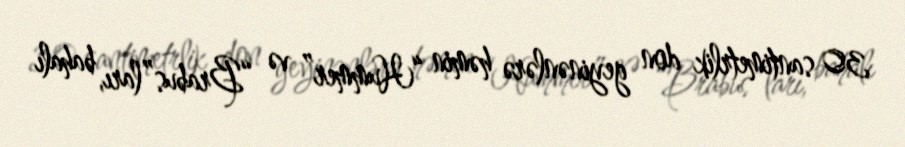
30 santimetrlik don geyinənlərə həmin “Hummer” və “Brabus”ları, bahalı